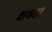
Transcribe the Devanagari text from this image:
शवद।